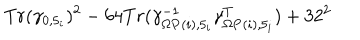
LaTeX: T r ( \gamma _ { 0 , 5 _ { i } } ) ^ { 2 } - 6 4 T r ( \gamma _ { \Omega { \bf P } ( i ) , 5 _ { i } } ^ { - 1 } \gamma _ { \Omega { \bf P } ( i ) , 5 _ { i } } ^ { T } ) + 3 2 ^ { 2 }